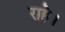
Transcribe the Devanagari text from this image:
राहे।